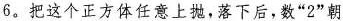
6。把这个正方体任意上抛，落下后，数“2”朝